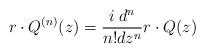
LaTeX: \begin{align*}r \cdot Q^{(n)}(z) = \frac{i \: d^{n}}{n!dz^{n}}r \cdot Q(z)\end{align*}